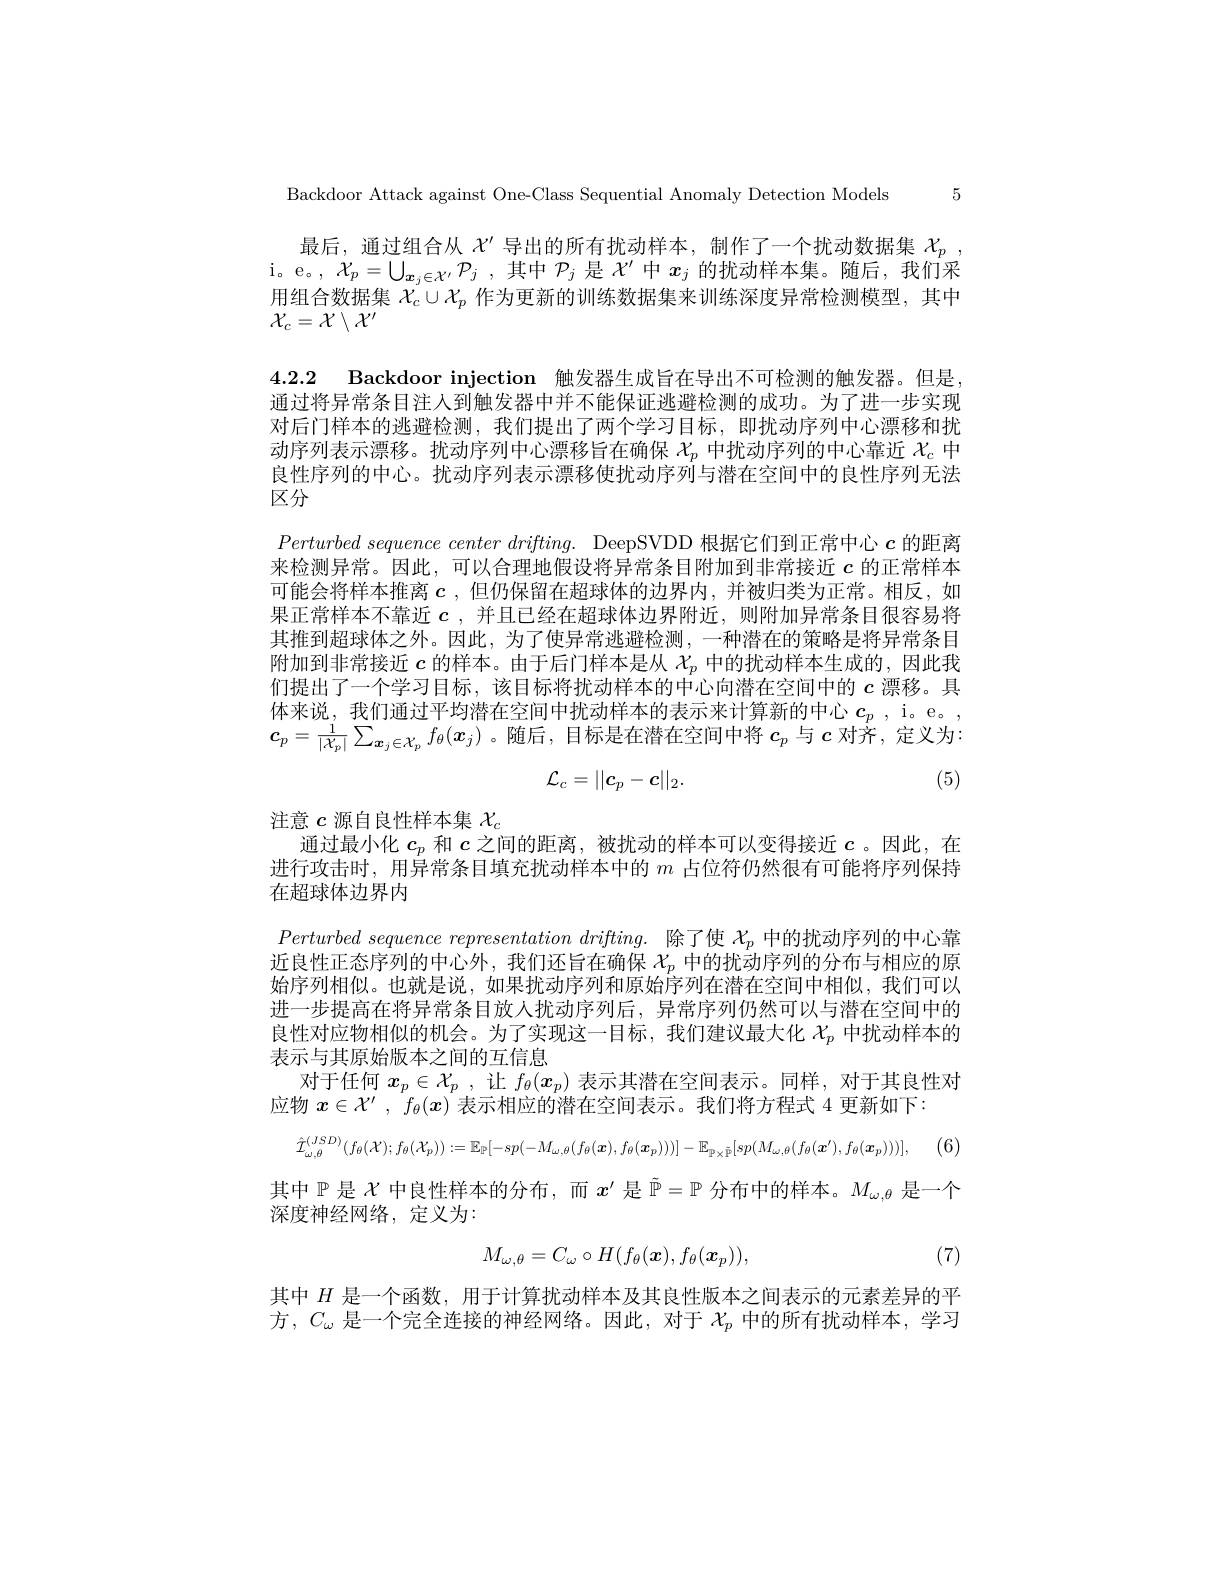
Backdoor Attack against One-Class Sequential Anomaly Detection Models 5

最后，通过组合从$\chi^{\prime}$导出的所有扰动样本，制作了一个扰动数据集$\chi_p$ , i。e。, $\mathcal{X} _p= \bigcup _{\boldsymbol{x}_j\in \mathcal{X} ^{\prime }}\mathcal{P} _j$ ,其中$\mathcal{P}_j$是$\mathcal{X}^\prime$中$x_j$的扰动样本集。随后，我们采用组合数据集$\mathcal{X}_c\cup\mathcal{X}_p$作为更新的训练数据集来训练深度异常检测模型，其中$\mathcal{X}_c=\mathcal{X}\setminus\mathcal{X}^{\prime}$

4.2.2 Backdoor injection 触发器生成旨在导出不可检测的触发器。但是

通过将异常条目注人到触发器中并不能保证逃避检测的成功。为了进一步实现

对后门样本的逃避检测，我们提出了两个学习目标，即扰动序列中心漂移和扰

动序列表示漂移。扰动序列中心漂移旨在确保$\mathcal{X}_p$中扰动序列的中心靠近$\mathcal{X}_c$中

良性序列的中心。扰动序列表示漂移使扰动序列与潜在空间中的良性序列无法

区分

$Perturbed sequence center drifting.$ DeepSVDD 根据它们到正常中心$c$的距离来检测异常。因此，可以合理地假设将异常条目附加到非常接近$c$的正常样本可能会将样本推离$c$,但仍保留在超球体的边界内，并被归类为正常。相反，如果正常样本不靠近$c$ ,并且已经在超球体边界附近，则附加异常条目很容易将其推到超球体之外。因此，为了使异常逃避检测，一种潜在的策略是将异常条目附加到非常接近$c$的样本。由于后门样本是从$\chi_p$中的扰动样本生成的，因此我们提出了一个学习目标，该目标将扰动样本的中心向潜在空间中的$c$漂移。具体来说，我们通过平均潜在空间中扰动样本的表示来计算新的中心$c_p$ , i。e。, $\boldsymbol{c}_{p}=\frac{1}{|X_{p}|}\sum_{\boldsymbol{x}_{j}\in\mathcal{X}_{p}}f_{\theta}(\boldsymbol{x}_{j})$ 。随后，目标是在潜在空间中将$c_p$与$c$对齐，定义为
$$\mathcal{L}_c=||c_p-c||_2.$$
(5)

注意$c$源自良性样本集$\chi_c$
通过最小化$c_p$和$c$之间的距离，被扰动的样本可以变得接近$c$ 。因此，在进行攻击时，用异常条目填充扰动样本中的$m$占位符仍然很有可能将序列保持在超球体边界内
$Perturbed sequence representation drifting.$ 除了使 $\mathcal{X}_p$ 中的扰动序列的中心靠近良性正态序列的中心外，我们还旨在确保$X_p\dot{\text{ 中的扰动序列的分布与相应的原}}$ 始序列相似。也就是说，如果扰动序列和原始序列在潜在空间中相似，我们可以进一步提高在将异常条目放人扰动序列后，异常序列仍然可以与潜在空间中的良性对应物相似的机会。为了实现这一目标，我们建议最大化$\chi_p$中扰动样本的表示与其原始版本之间的互信息
对于任何$x_p\in\mathcal{X}_p$ ,让$f_\theta(x_p)$表示其潜在空间表示。同样，对于其良性对
应物$x\in\mathcal{X}^{\prime},f_\theta(x)$表示相应的潜在空间表示。我们将方程式 4 更新如下：
$$\hat{\mathcal{I}}_{\omega,\theta}^{(JSD)}(f_{\theta}(\mathcal{X});f_{\theta}(\mathcal{X}_{p})):=\mathbb{E}_{\mathbb{P}}[-sp(-M_{\omega,\theta}(f_{\theta}(x),f_{\theta}(x_{p})))]-\mathbb{E}_{\mathbb{P}\times\bar{\mathbb{P}}}[sp(M_{\omega,\theta}(f_{\theta}(x^{\prime}),f_{\theta}(x_{p})))],$$
(6
其中$\mathbb{P}$是$\mathcal{X}$中良性样本的分布，而$x^\prime$是$\tilde{\mathbb{P}}=\mathbb{P}$分布中的样本。$M_\omega,\theta$是一个
深度神经网络，定义为：
$$M_{\omega,\theta}=C_\omega\circ H(f_\theta(\boldsymbol{x}),f_\theta(\boldsymbol{x}_p)),$$
(7)

其中$H$是一个函数，用于计算扰动样本及其良性版本之间表示的元素差异的平方，$C_\omega$是一个完全连接的神经网络。因此，对于$\mathcal{X}_p$中的所有扰动样本，学习